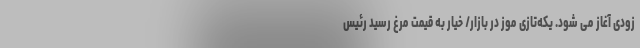
زودی آغاز می شود. یکه‌تازی موز در بازار/ خیار به قیمت مرغ رسید رئیس